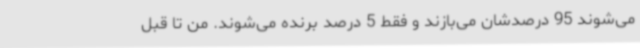
می‌شوند 95 درصدشان می‌بازند و فقط 5 درصد برنده می‌شوند. من تا قبل